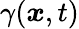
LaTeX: \gamma({\boldsymbol{x}},t)